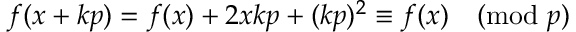
f ( x + k p ) = f ( x ) + 2 x k p + ( k p ) ^ { 2 } \equiv f ( x ) { \pmod { p } }